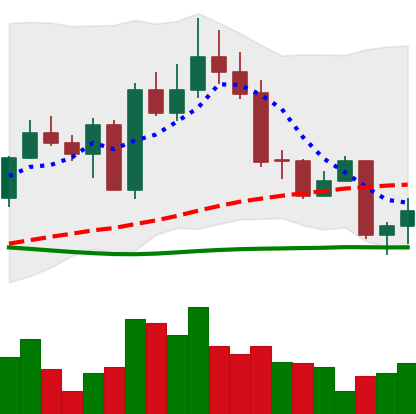
Ticker: EOS-USD
Chart end date: 2022-09-20
Forward return: -13.019%
Label: down_7plus